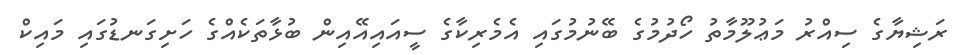
ރަޝިޔާގެ ސިއްރު މަޢުލޫމާތު ހޯދުމުގެ ބޭނުމުގައި އެމެރިކާގެ ސީއައިއޭއިން ބުޅާތަކެއްގެ ހަށިގަނޑުގައި މައިކް